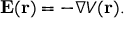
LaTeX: \mathbf { E } ( \mathbf { r } ) = - \nabla V ( \mathbf { r } ) .